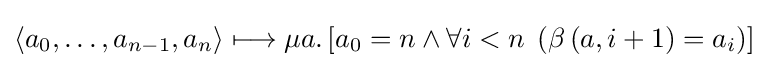
\left\langle a_{0},\dots ,a_{n-1},a_{n}\right\rangle \longmapsto \mu a.\left[a_{0}=n\land \forall i<n\;\left(\beta \left(a,i+1\right)=a_{i}\right)\right]